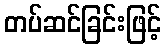
တပ်ဆင်ခြင်းဖြင့်